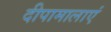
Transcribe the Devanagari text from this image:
दीपामालाएं